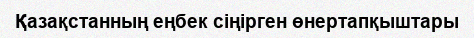
Қазақстанның еңбек сіңірген өнертапқыштары